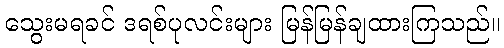
သွေးမရခင် ဒရစ်ပုလင်းများ မြန်မြန်ချထားကြသည်။